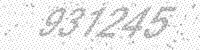
Solution: 931245